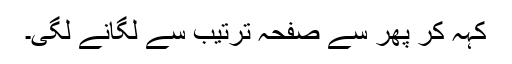
کہہ کر پھر سے صفحہ ترتیب سے لگانے لگی۔